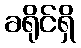
ခရိုင်ရှိ